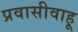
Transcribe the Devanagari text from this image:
प्रवासीवाहू